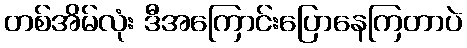
တစ်အိမ်လုံး ဒီအကြောင်းပြောနေကြတာပဲ